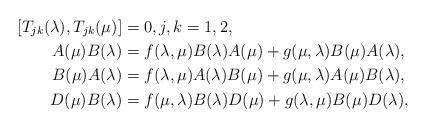
LaTeX: \begin{align*}[T_{jk}(\lambda),T_{jk}(\mu)] & = 0,j,k=1,2, \\A(\mu) B(\lambda) & = f(\lambda,\mu) B(\lambda) A(\mu) + g(\mu,\lambda) B(\mu) A(\lambda),\\B(\mu) A(\lambda) & = f(\lambda,\mu) A(\lambda) B(\mu) + g(\mu,\lambda) A(\mu) B(\lambda), \\D(\mu) B(\lambda) & = f(\mu,\lambda) B(\lambda) D(\mu) + g(\lambda,\mu) B(\mu) D(\lambda), \\& \end{align*}